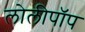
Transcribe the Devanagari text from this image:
लोलीपॉप